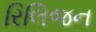
રિલિજન